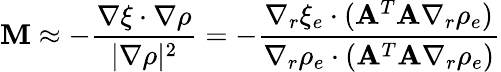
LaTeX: {\cal\mathbf{M}}\approx-\frac{{\nabla\xi\cdot\nabla\rho}}{{|\nabla\rho|^{2}}}=-\frac{{\nabla_{r}\xi_{e}\cdot({\mathbf{A}}^{T}{\mathbf{A}}\nabla_{r}\rho_{e})}}{{\nabla_{r}\rho_{e}\cdot({\mathbf{A}}^{T}{\mathbf{A}}\nabla_{r}\rho_{e})}}